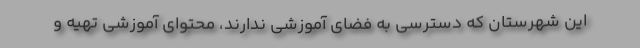
این شهرستان که دسترسی به فضای آموزشی ندارند، محتوای آموزشی تهیه و